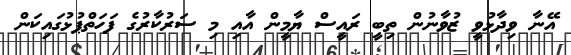
އޭނާ ވިދާޅުވީ ޒުވާނުން ތިބީ ރައީސް ޔާމީން އާއި މި ސަރުކާރުގެ ފަހަތްޕުޅުގައިކަން